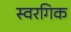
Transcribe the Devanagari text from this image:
स्वरगिक